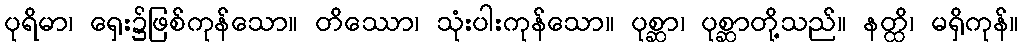
ပုရိမာ၊ ရှေး၌ဖြစ်ကုန်သော။ တိဿော၊ သုံးပါးကုန်သော။ ပုစ္ဆာ၊ ပုစ္ဆာတို့သည်။ နတ္ထိ၊ မရှိကုန်။